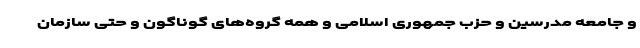
و جامعه مدرسین و حزب جمهوری اسلامی و همه گروه‌های گوناگون و حتی سازمان